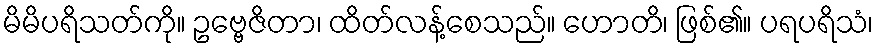
မိမိပရိသတ်ကို။ ဥဗ္ဗေဇိတာ၊ ထိတ်လန့်စေသည်။ ဟောတိ၊ ဖြစ်၏။ ပရပရိသံ၊